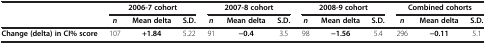
<table><thead><tr><td><b> </b></td><td colspan="3"><b>2006-7 cohort</b></td><td colspan="3"><b>2007-8 cohort</b></td><td colspan="3"><b>2008-9 cohort</b></td><td colspan="3"><b>Combined cohorts</b></td></tr><tr><td><b> </b></td><td><b><i>n</i></b></td><td><b>Mean delta</b></td><td><b>S.D.</b></td><td><b><i>n</i></b></td><td><b>Mean delta</b></td><td><b>S.D.</b></td><td><b><i>n</i></b></td><td><b>Mean delta</b></td><td><b>S.D.</b></td><td><b><i>n</i></b></td><td><b>Mean delta</b></td><td><b>S.D.</b></td></tr></thead><tbody><tr><td><b>Change (delta) in CI% score</b></td><td>107</td><td><b>+1.84</b></td><td>5.22</td><td>91</td><td><b>−0.4</b></td><td>3.5</td><td>98</td><td><b>−1.56</b></td><td>5.4</td><td>296</td><td><b>−0.11</b></td><td>5.1</td></tr></tbody></table>